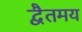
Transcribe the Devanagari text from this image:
द्वैतमय